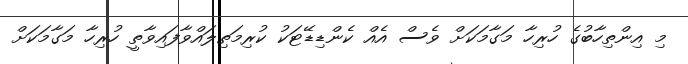
މި އިންތިހާބުގެ ހުރިހާ މަގާމަކަށް ވެސް އެއް ކެންޑިޑޭޓަކު ކުރިމަތިލައްވާފައިވާތީ ހުރިހާ މަގާމަކަށް